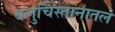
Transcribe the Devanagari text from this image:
बलुचिस्तानातले